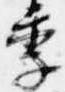
季